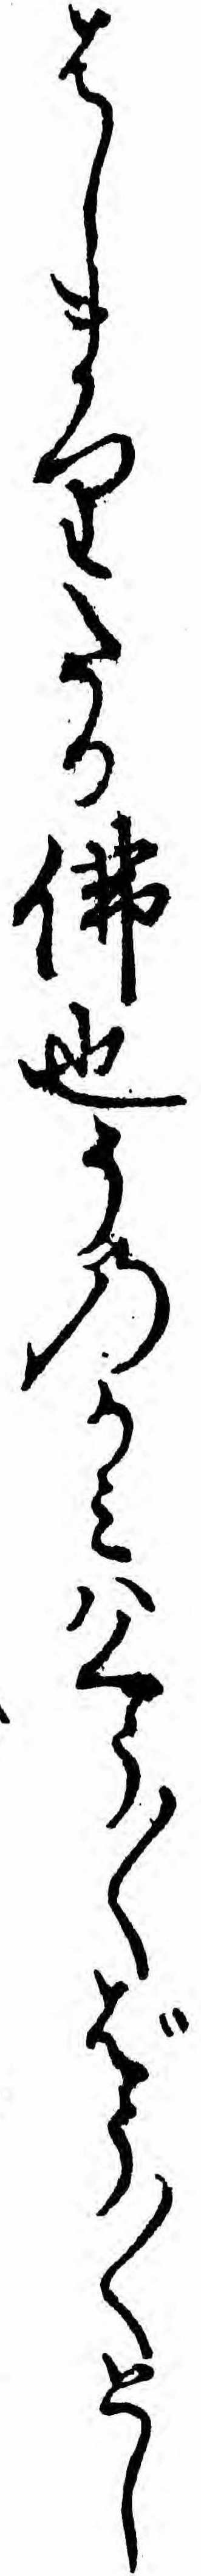
はしまりたる仏也そのかミハくう〱ばう〱とし